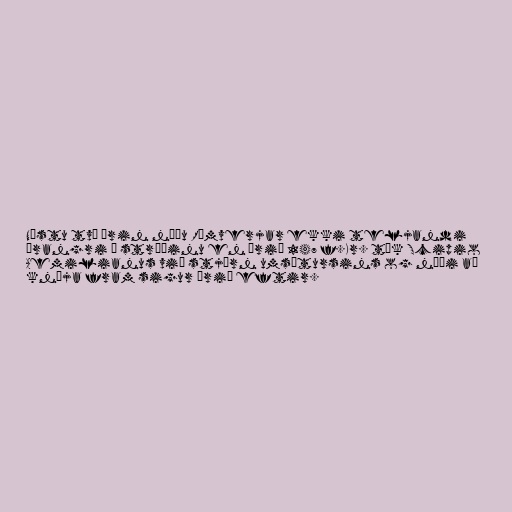
Næstu tvö árin náðu Rómverjar ekki teljandi
árangri í stríðinu en árið 147 f.Kr. tók Scipio
Aemilianus við stjórn umsátursins og náði að
knýja fram sigur árið eftir.